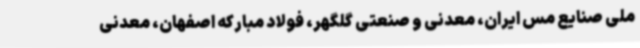
ملی صنایع مس ایران، معدنی و صنعتی گلگهر، فولاد مبارکه اصفهان، معدنی